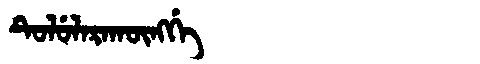
Manchu: ᡨᡠᠯᡠᠯᠠᡵᠠᡴᡡᠩᡤᡝ
Romanization: TULULARAKŪNGGE